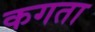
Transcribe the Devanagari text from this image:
कगता